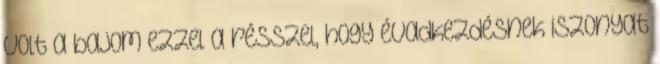
volt a bajom ezzel a résszel, hogy évadkezdésnek iszonyat